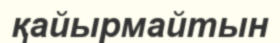
қайырмайтын